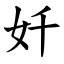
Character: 奷